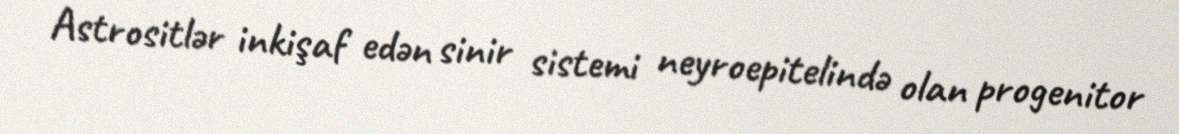
Astrositlər inkişaf edən sinir sistemi neyroepitelində olan progenitor